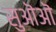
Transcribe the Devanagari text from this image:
सुऒऒ